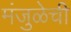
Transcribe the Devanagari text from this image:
मंजुळेची